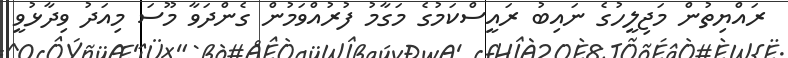
ރައްޔިތުން މަޖިލީހުގެ ނައިބު ރައީސްކަމުގެ މަގާމު ފުރުއްވަމުން ގެންދަވާ މޫސަ މިއަދު ވިދާޅުވީ